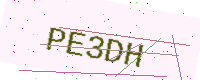
Text: PE3DH